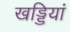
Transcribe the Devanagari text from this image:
खड्डियां